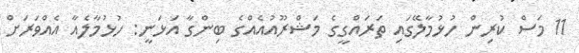
11 މަސް ކުރިން ހުޅުމާލޭގައި ތަރައްގީގެ މަޝްރޫއުއެއްގެ ބިންގާ އަޅަނީ: ހުޅުމާލެއާ އެއްވަރަށް